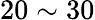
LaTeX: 20\sim 30